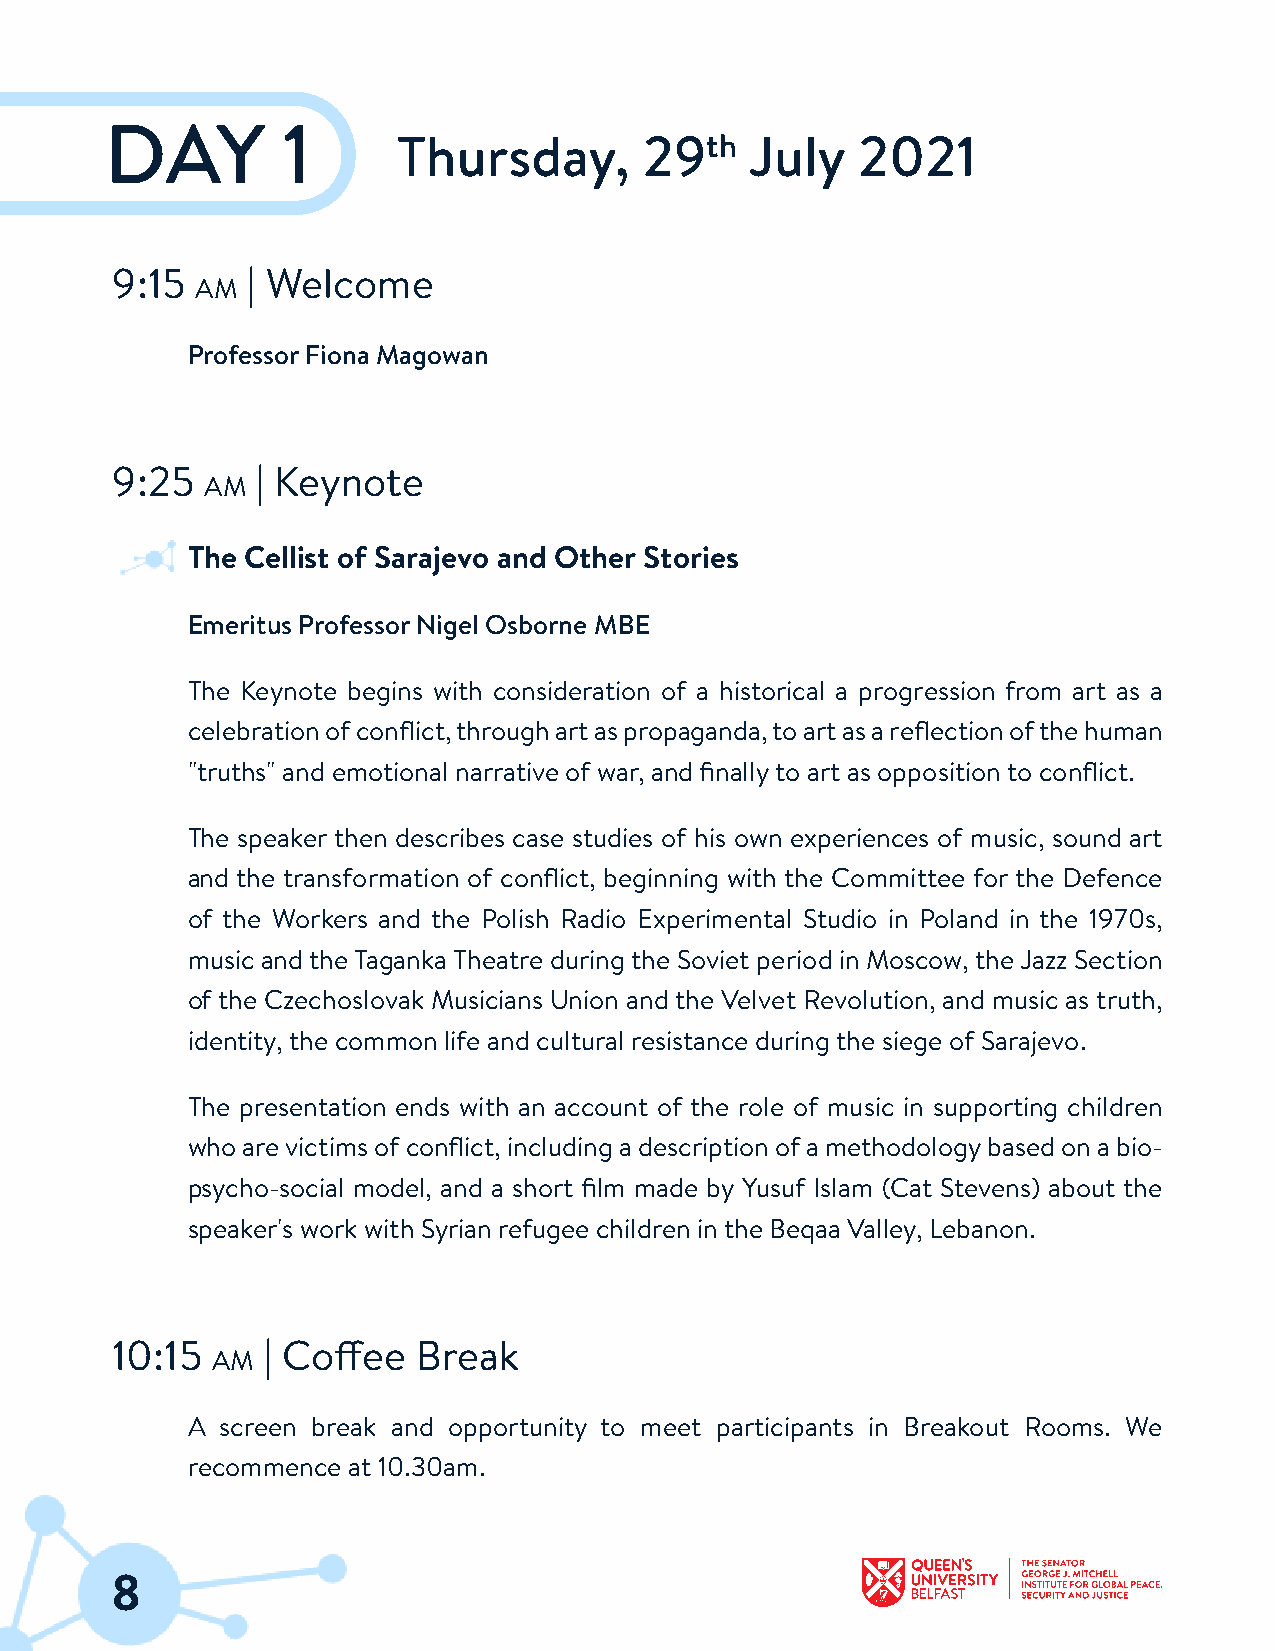
DAY         1
 Thursday,        29th   July   2021
 9:15     | Welcome
 AM
 ProfessorFiona Magowan
 9:25      | Keynote
 AM
 The Cellist of Sarajevo and Other Stories
 Emeritus ProfessorNigel Osborne MBE
 The Keynote begins with consideration of a historical a progression from art as a
 celebrationofconflict,throughartaspropaganda,toartasareflectionofthehuman
 "truths" and emotional narrative of war, and finallyto art as oppositionto conflict.
 The speaker then describes case studies of his own experiences of music, sound art
 and the transformation of conflict, beginning with the Committee for the Defence
 of the Workers and the Polish Radio Experimental Studio in Poland in the 1970s,
 music andtheTagankaTheatre duringthe Soviet period in Moscow,theJazz Section
 of the Czechoslovak Musicians Union and the Velvet Revolution, and music as truth,
 identity,the common life and cultural resistance duringthe siege of Sarajevo.
 The presentation ends with an account of the role of music in supporting children
 whoarevictimsofconflict,includingadescriptionofamethodologybasedonabio-
 psycho-social model, and a short film made by Yusuf Islam (Cat Stevens) about the
 speaker's work with Syrian refugee children inthe Beqaa Valley, Lebanon.
 10:15     | Coffee   Break
 AM
 A  screen break and opportunity to meet participants in Breakout Rooms. We
 recommence at 10.30am.
 8